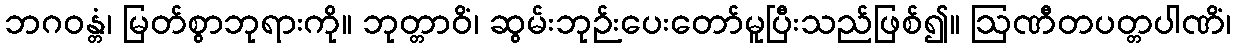
ဘဂဝန္တံ၊ မြတ်စွာဘုရားကို။ ဘုတ္တာဝိံ၊ ဆွမ်းဘုဉ်းပေးတော်မူပြီးသည်ဖြစ်၍။ ဩဏီတပတ္တပါဏိံ၊